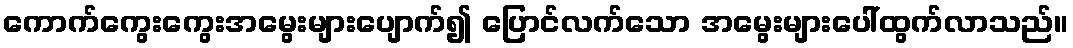
ကောက်ကွေးကွေးအမွေးများပျောက်၍ ပြောင်လက်သော အမွေးများပေါ်ထွက်လာသည်။